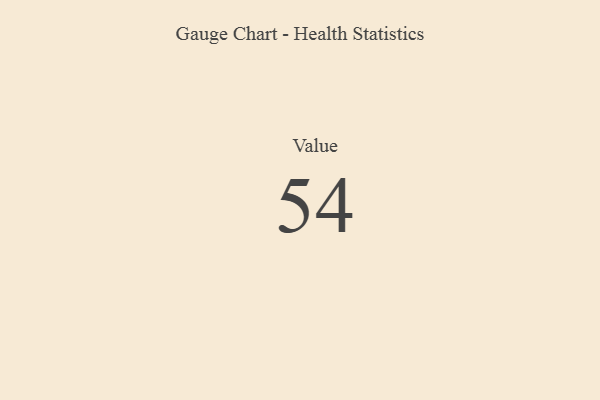
{"axis": {"x": "Metric", "y": "Value"}, "legend": [""], "data": [{"x": "Value", "y": 54, "type": ""}]}